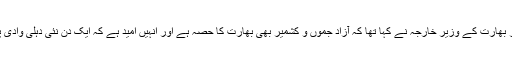
واضح رہے کہ گزشتہ روز بھارت کے وزیر خارجہ نے کہا تھا کہ آزاد جموں و کشمیر بھی بھارت کا حصہ ہے اور انہیں امید ہے کہ ایک دن نئی دہلی وادی پر کنٹرول حاصل کرے گا۔